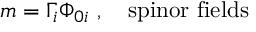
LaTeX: m = \Gamma _ { i } \Phi _ { 0 i } \ , \ \ \ \mathrm { s p i n o r \ f i e l d s }